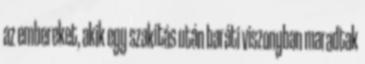
az embereket, akik egy szakítás után baráti viszonyban maradtak